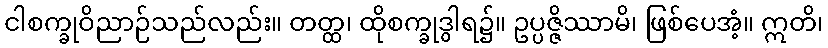
ငါစက္ခုဝိညာဉ်သည်လည်း။ တတ္ထ၊ ထိုစက္ခုဒွါရ၌။ ဥပ္ပဇ္ဇိဿာမိ၊ ဖြစ်ပေအံ့။ ဣတိ၊